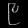
Digit: ၉